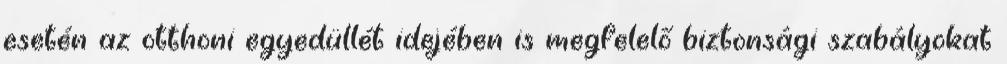
esetén az otthoni egyedüllét idejében is megfelelő biztonsági szabályokat